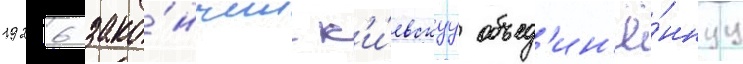
1926 зако́нчил к'и́евскуу объед'ин'ё́ннуу